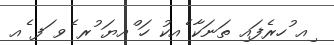
ިއ ުހރެފައި ތަނަކާ ެއކު ހަ ްއޔަ ުރ ެވ ަފ ެއ